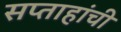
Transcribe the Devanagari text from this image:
सप्ताहांची